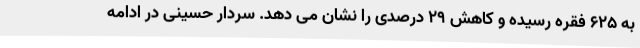
به 625 فقره رسیده و کاهش 29 درصدی را نشان می دهد. سردار حسینی در ادامه